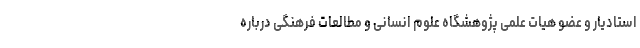
استادیار و عضو هیات علمی پژوهشگاه علوم انسانی و مطالعات فرهنگی درباره